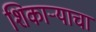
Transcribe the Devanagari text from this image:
शिकाऱ्याचा